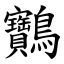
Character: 䴐